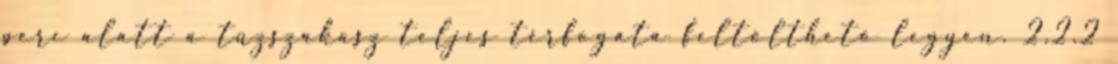
perc alatt a tûzszakasz teljes térfogata feltölthetõ legyen. 2.2.2